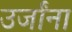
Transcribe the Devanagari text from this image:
उर्जांना